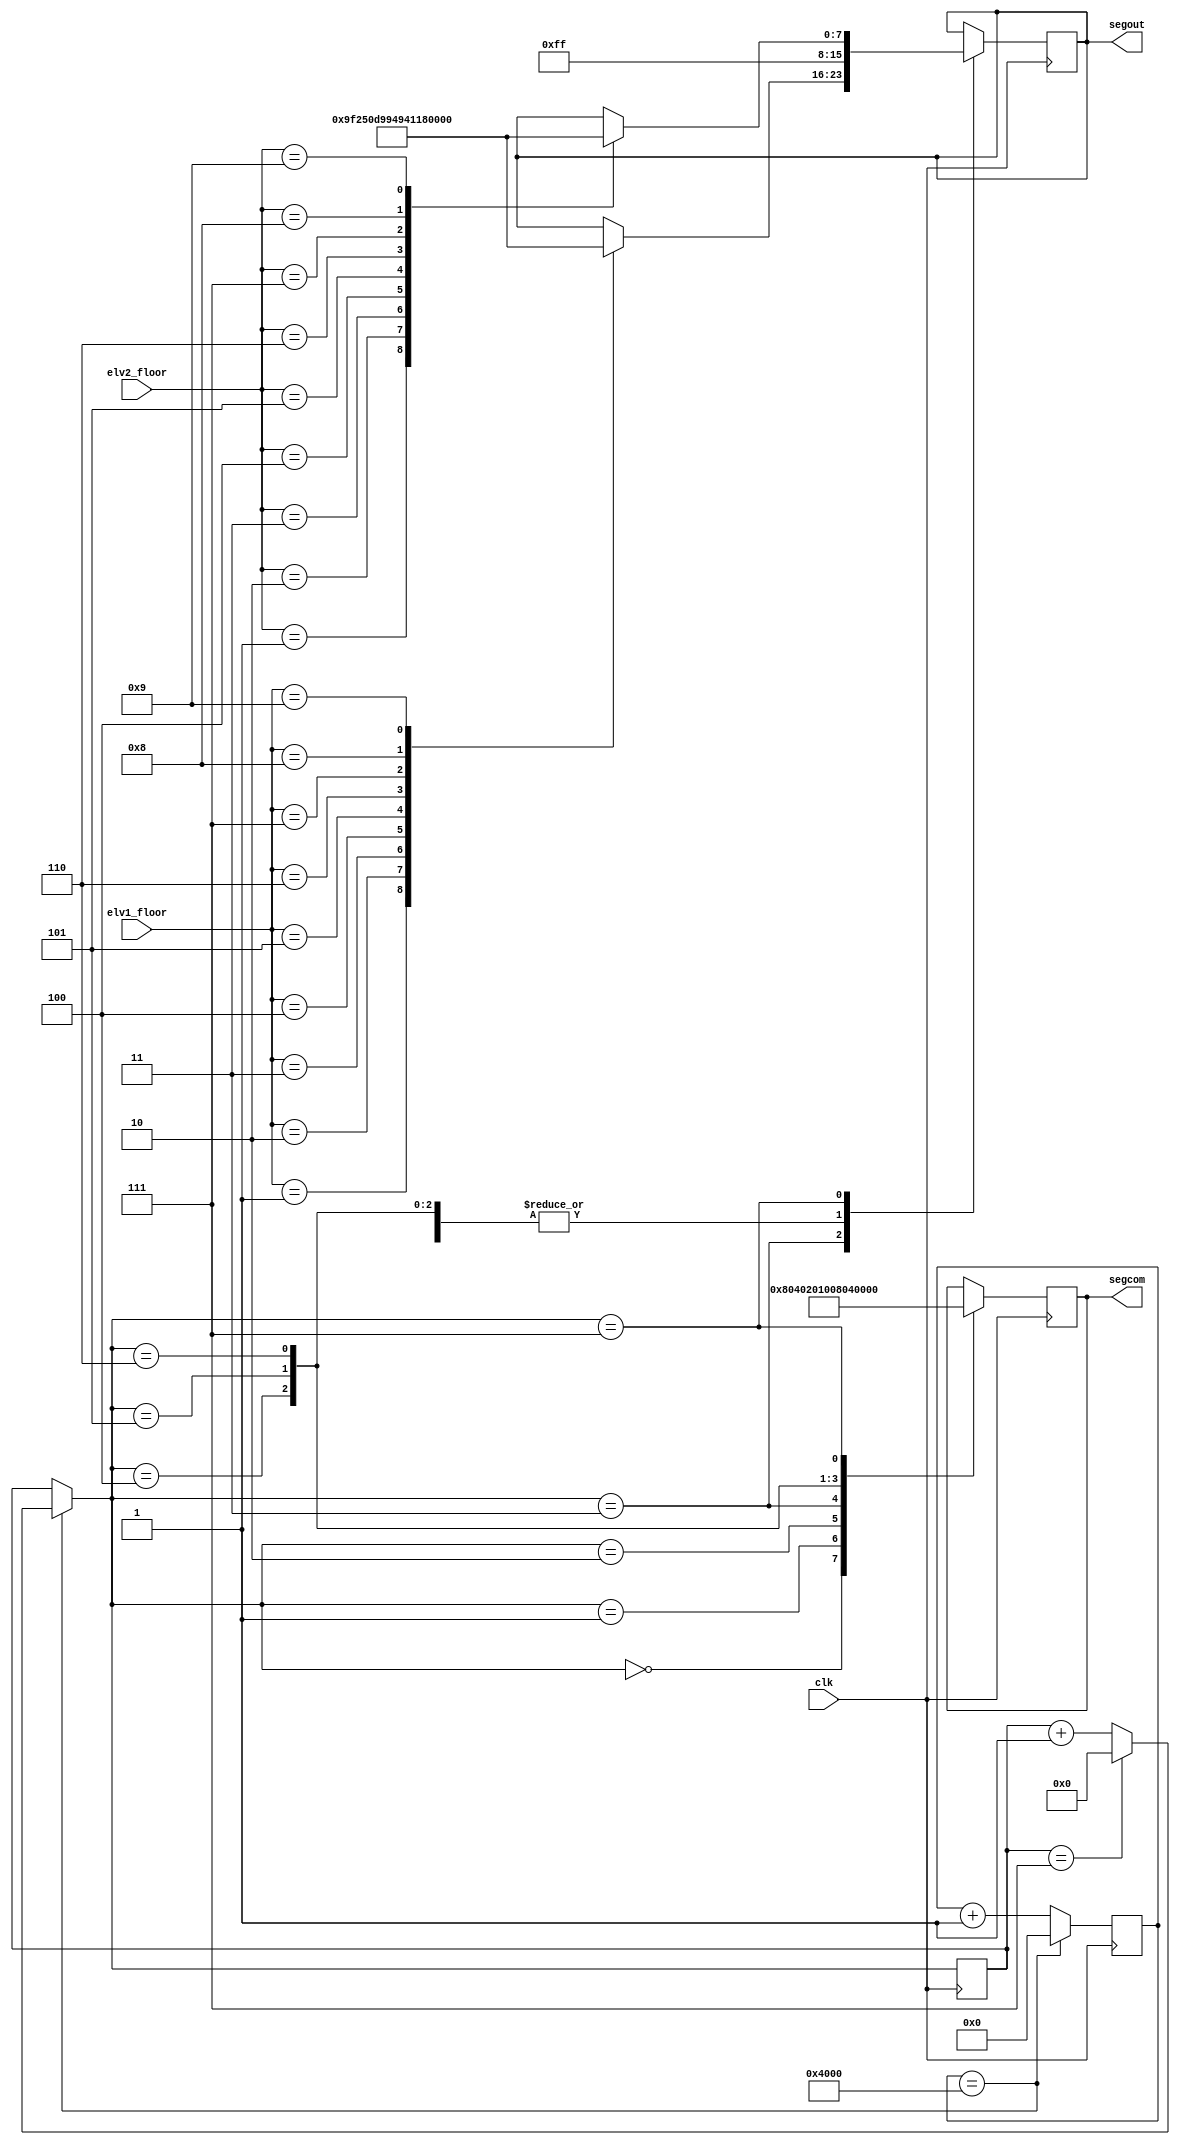
`define seg7_0 8'b00000011
`define seg7_1 8'b10011111
`define seg7_2 8'b00100101
`define seg7_3 8'b00001101
`define seg7_4 8'b10011001
`define seg7_5 8'b01001001
`define seg7_6 8'b01000001
`define seg7_7 8'b00011011
`define seg7_8 8'b00000001
`define seg7_9 8'b00001001
`define seg7_no 8'b11111111

module floor_seven_segment(clk, segout, segcom, elv1_floor, elv2_floor);

	input clk;
	
	output [7:0] segout;
	output [7:0] segcom;
	
	input [4:0] elv1_floor;
	input [4:0] elv2_floor;
	
	reg[7:0] segcom_tmp; 
	reg[7:0] segout_tmp;
	
	reg[14:0] clk_cnt; 
	reg[15:0] com_cnt; 
	
	initial
	begin
		segcom_tmp = 0; 
		segout_tmp = 0; 
		clk_cnt = 0; 
		com_cnt = 0; 
	end
	
	always @(posedge clk)
	begin
	
		if (clk_cnt == 16384)
		begin
			clk_cnt = 0; 
			if (com_cnt == 7)
				com_cnt = 0; 
			else
				com_cnt = com_cnt + 1; 
		end
		
		else
		begin
			clk_cnt = clk_cnt + 1; 
		end 
	
      case (com_cnt)
			0 :
				begin
					segcom_tmp <= 8'b10000000 ; // seven_segment leftest 1st
					segout_tmp <= `seg7_no ;
				end
         1 :
				begin
					segcom_tmp <= 8'b01000000 ; // seven_segment 2nd
					segout_tmp <= `seg7_no ;
               end
         2 :
				begin
					segcom_tmp <= 8'b00100000 ; // seven_segment 3rd
					segout_tmp <= `seg7_no ;
				end
         3 :
				begin
					segcom_tmp <= 8'b00010000 ; // seven_segment 4th -> elv1 floor
					case (elv1_floor)
						1:
							begin
								segout_tmp <= `seg7_1;
							end
						2:
							begin
								segout_tmp <= `seg7_2;
							end
						3:
							begin
								segout_tmp <= `seg7_3;
							end
						4:
							begin
								segout_tmp <= `seg7_4;
							end
						5:
							begin
								segout_tmp <= `seg7_5;
							end
						6:
							begin
								segout_tmp <= `seg7_6;
							end
						7:
							begin
								segout_tmp <= `seg7_7;
							end
						8:
							begin
								segout_tmp <= `seg7_8;
							end
						9:
							begin
								segout_tmp <= `seg7_9;
							end
					endcase
				end
         4 :
				begin
					segcom_tmp <= 8'b00001000 ; // seven_segment 5th
					segout_tmp <= `seg7_no ;
				end
         5 :
				begin
					segcom_tmp <= 8'b00000100 ; // seven_segment 6th
					segout_tmp <= `seg7_no ;
				end
         6 :
				begin
					segcom_tmp <= 8'b00000010 ; // seven_segment 7th
					segout_tmp <= `seg7_no ;
				end
			//default :
			7 :
				begin
					segcom_tmp <= 8'b00000001 ; // seven_segment 8th -> elv2 floor
					case (elv2_floor)
						1:
							begin
								segout_tmp <= `seg7_1;
							end
						2:
							begin
								segout_tmp <= `seg7_2;
							end
						3:
							begin
								segout_tmp <= `seg7_3;
							end
						4:
							begin
								segout_tmp <= `seg7_4;
							end
						5:
							begin
								segout_tmp <= `seg7_5;
							end
						6:
							begin
								segout_tmp <= `seg7_6;
							end
						7:
							begin
								segout_tmp <= `seg7_7;
							end
						8:
							begin
								segout_tmp <= `seg7_8;
							end
						9:
							begin
								segout_tmp <= `seg7_9;
							end
					endcase		
				end   
              
		endcase 
	end 

   assign segcom = segcom_tmp ;
   assign segout = segout_tmp ;
	
endmodule